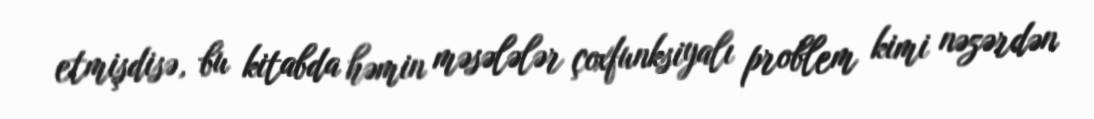
etmişdisə, bu kitabda həmin məsələlər çoxfunksiyalı problem kimi nəzərdən